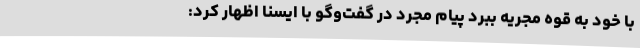
با خود به قوه مجریه ببرد پیام مجرد در گفت‌وگو با ایسنا اظهار کرد: